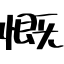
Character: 慨